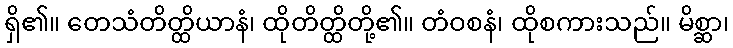
ရှိ၏။ တေသံတိတ္ထိယာနံ၊ ထိုတိတ္ထိတို့၏။ တံဝစနံ၊ ထိုစကားသည်။ မိစ္ဆာ၊